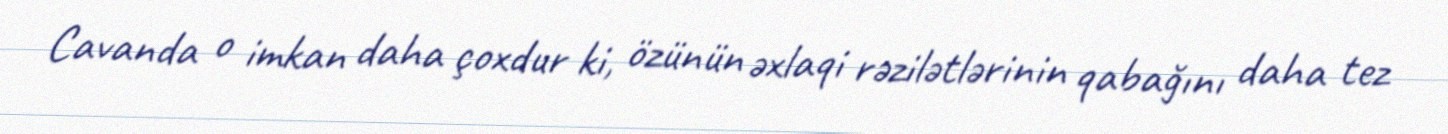
Cavanda o imkan daha çoxdur ki, özünün əxlaqi rəzilətlərinin qabağını daha tez